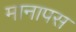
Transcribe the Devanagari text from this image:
मानापस